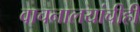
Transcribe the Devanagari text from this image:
वाचनालयांचीही